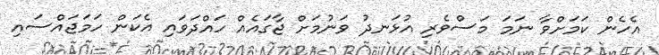
އެހެން ކަމަށްވާ ނަމަ މަސްވެރި އުޅަނދު ވަނުމަށް ޖާގައެއް ހައްދަވައި އެކަން ހަމަޖައްސައި